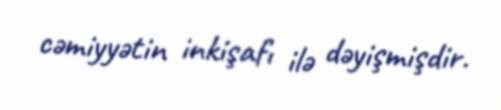
cəmiyyətin inkişafı ilə dəyişmişdir.